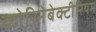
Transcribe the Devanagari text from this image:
कोरिनेबेक्टीरियम